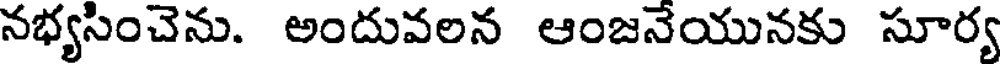
నభ్యసించెను. అందువలన ఆంజనేయునకు సూర్య